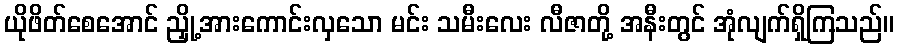
ယိုဖိတ်စေအောင် ညှို့အားကောင်းလှသော မင်း သမီးလေး လီဇာတို့ အနီးတွင် အုံလျက်ရှိကြသည်။